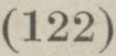
(34)